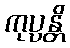
ကုပ္ပန္တိ